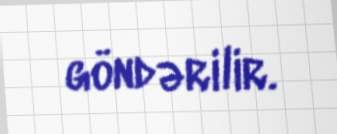
göndərilir.